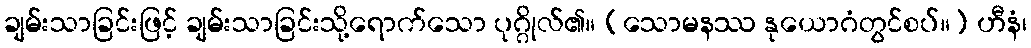
ချမ်းသာခြင်းဖြင့် ချမ်းသာခြင်းသို့ရောက်သော ပုဂ္ဂိုလ်၏။ (သောမနဿ နုယောဂံတွင်စပ်။) ဟီနံ၊